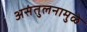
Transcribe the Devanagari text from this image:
असंतुलनामुळे